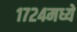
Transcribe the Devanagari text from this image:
१७२४मध्ये